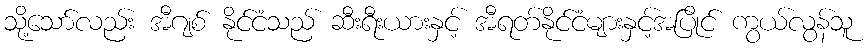
သို့သော်လည်း အီဂျစ် နိုင်ငံသည် ဆီးရီးယားနှင့် အီရတ်နိုင်ငံများနှင့်အပြိုင် ကွယ်လွန်သူ